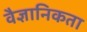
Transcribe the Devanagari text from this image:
वैज्ञानिकता